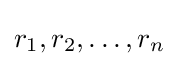
r_{1},r_{2},\ldots ,r_{n}